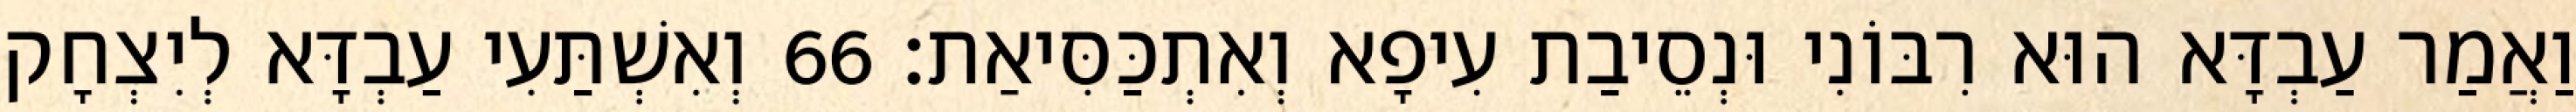
וַאֲמַר עַבְדָּא הוּא רִבּוֹנִי וּנְסֵיבַת עִיפָא וְאִתְכַּסִּיאַת׃ 66 וְאִשְׁתַּעִי עַבְדָּא לְיִצְחָק